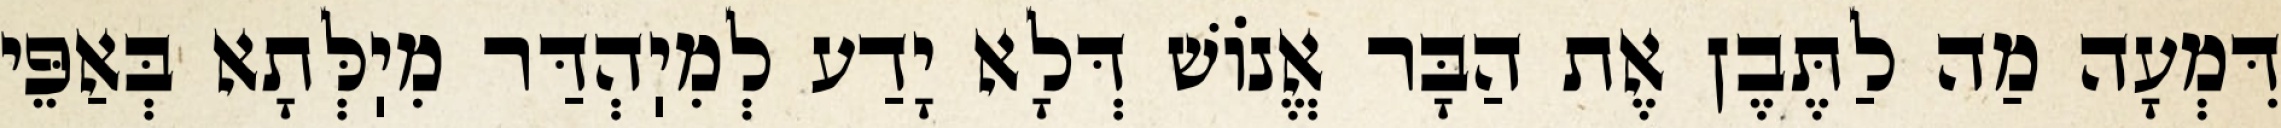
דִּמְעָה מַה לַתֶּבֶן אֶת הַבָּר אֱנוֹשׁ דְּלָא יָדַע לְמִיֽהְדַּר מִיֽלְּתָא בְּאַפֵּי